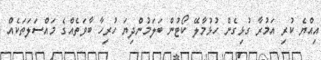
އިއްޔެ ކުރި އަމުރާ ގުޅިގެން ހުޅުމާލޭ ކޯޓުން ބަލަމުންދިޔަ ހުރިހާ ބާވަތެއްގެ މައްސަލަތަކެއް